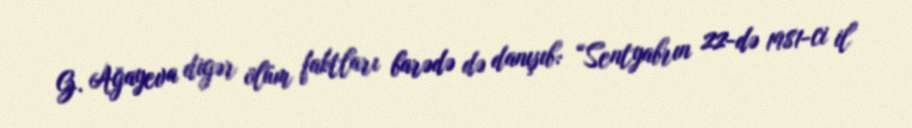
G. Ağayeva digər ölüm faktları barədə də danışıb: “Sentyabrın 22-də 1981-ci il